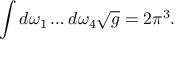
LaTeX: \int d \omega _ { 1 } \ldots d \omega _ { 4 } \sqrt { g } = 2 \pi ^ { 3 } .